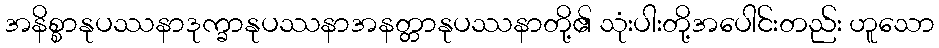
အနိစ္စာနုပဿနာဒုက္ခာနုပဿနာအနတ္တာနုပဿနာတို့၏ သုံးပါးတို့အပေါင်းတည်း ဟူသော